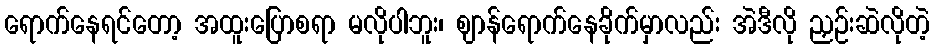
ရောက်နေရင်တော့ အထူးပြောစရာ မလိုပါဘူး၊ ဈာန်ရောက်နေခိုက်မှာလည်း အဲဒီလို ညှဉ်းဆဲလိုတဲ့